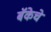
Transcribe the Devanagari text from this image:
बॅकेचे